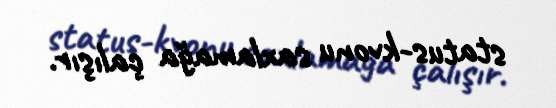
status-kvonu saxlamağa çalışır.